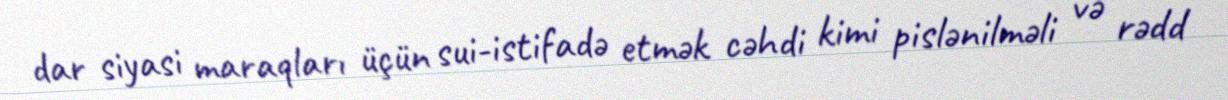
dar siyasi maraqları üçün sui-istifadə etmək cəhdi kimi pislənilməli və rədd